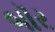
બૉર